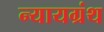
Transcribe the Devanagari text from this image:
न्यायग्रंथ